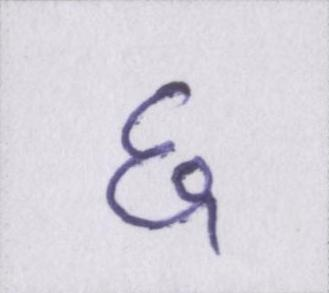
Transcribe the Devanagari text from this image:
६